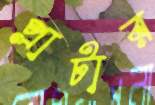
প্লাটার